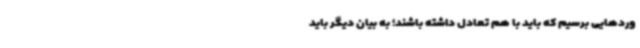
وردهایی برسیم که باید با هم تعادل داشته باشند؛ به بیان دیگر باید